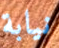
نيابة